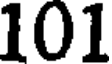
101